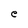
Character: e